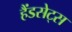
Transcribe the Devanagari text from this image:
हैंडसेट्स